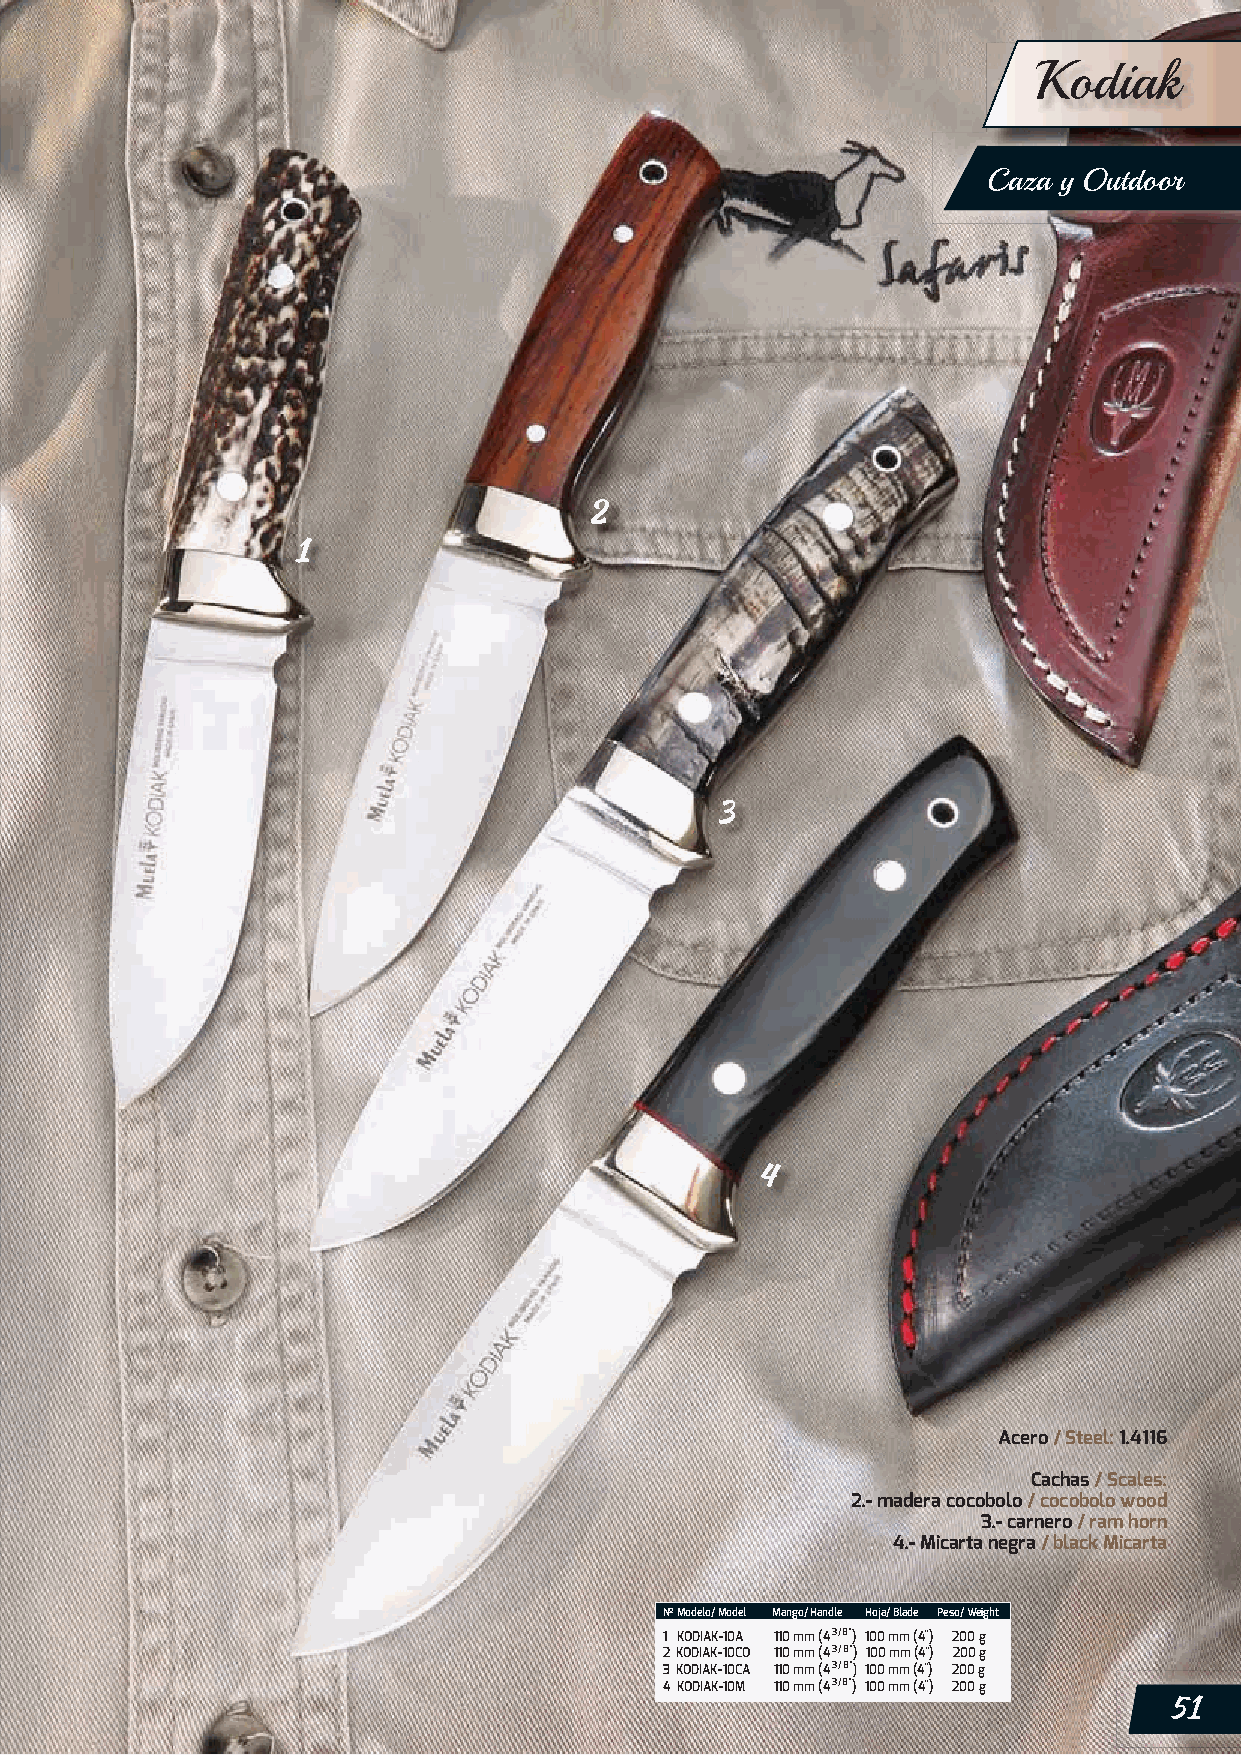
Kodiak
 Caza y Outdoor
 Acero / Steel: 1.4116
 Cachas / Scales:
 2.- madera cocobolo / cocobolo wood
 3.- carnero / ram horn
 4.- Micarta negra / black Micarta
 Nº Modelo/ Model Mango/ Handle Hoja/ Blade Peso/ Weight
 1 KODIAK-10A 110 mm (4 3/8”) 100 mm (4”) 200 g
 2 KODIAK-10CO 110 mm (4 3/8”) 100 mm (4”) 200 g
 3 KODIAK-10CA 110 mm (4 3/8”) 100 mm (4”) 200 g
 4 KODIAK-10M 110 mm (4 3/8”) 100 mm (4”) 200 g
 51